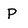
Character: P